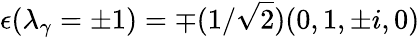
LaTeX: \epsilon(\lambda_{\gamma}=\pm 1)=\mp(1/\sqrt{2})(0,1,\pm i,0)